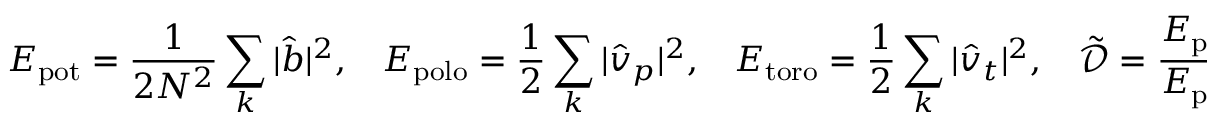
E _ { \mathrm { p o t } } = \frac { 1 } { 2 N ^ { 2 } } \sum _ { \boldsymbol { k } } | \hat { b } | ^ { 2 } , ~ ~ ~ ~ E _ { \mathrm { p o l o } } = \frac { 1 } { 2 } \sum _ { \boldsymbol { k } } | \hat { v } _ { p } | ^ { 2 } , ~ ~ ~ ~ E _ { \mathrm { t o r o } } = \frac { 1 } { 2 } \sum _ { \boldsymbol { k } } | \hat { v } _ { t } | ^ { 2 } , ~ ~ ~ ~ \tilde { \mathcal { D } } = \frac { E _ { \mathrm { p o l o } } - E _ { \mathrm { p o t } } } { E _ { \mathrm { p o l o } } + E _ { \mathrm { p o t } } }